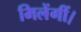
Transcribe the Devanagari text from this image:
मिलेंगीं।